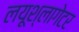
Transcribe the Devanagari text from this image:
लयूश्लागेटर